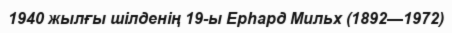
1940 жылғы шілденің 19-ы Ерһард Мильх (1892—1972)